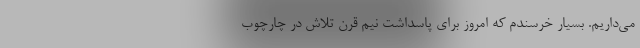
می‌داریم. بسیار خرسندم که امروز برای پاسداشت نیم قرن تلاش در چارچوب